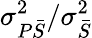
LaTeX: \sigma_{P\bar{S}}^{2}/\sigma_{\bar{S}}^{2}